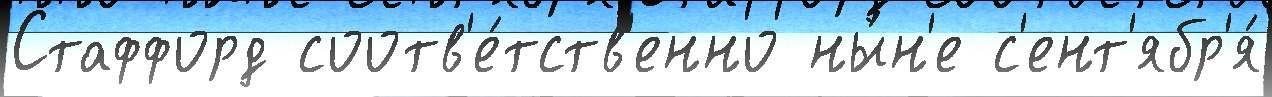
Стаффорд соотв'е́тств'енно ны́н'е с'ент'ябр'я́